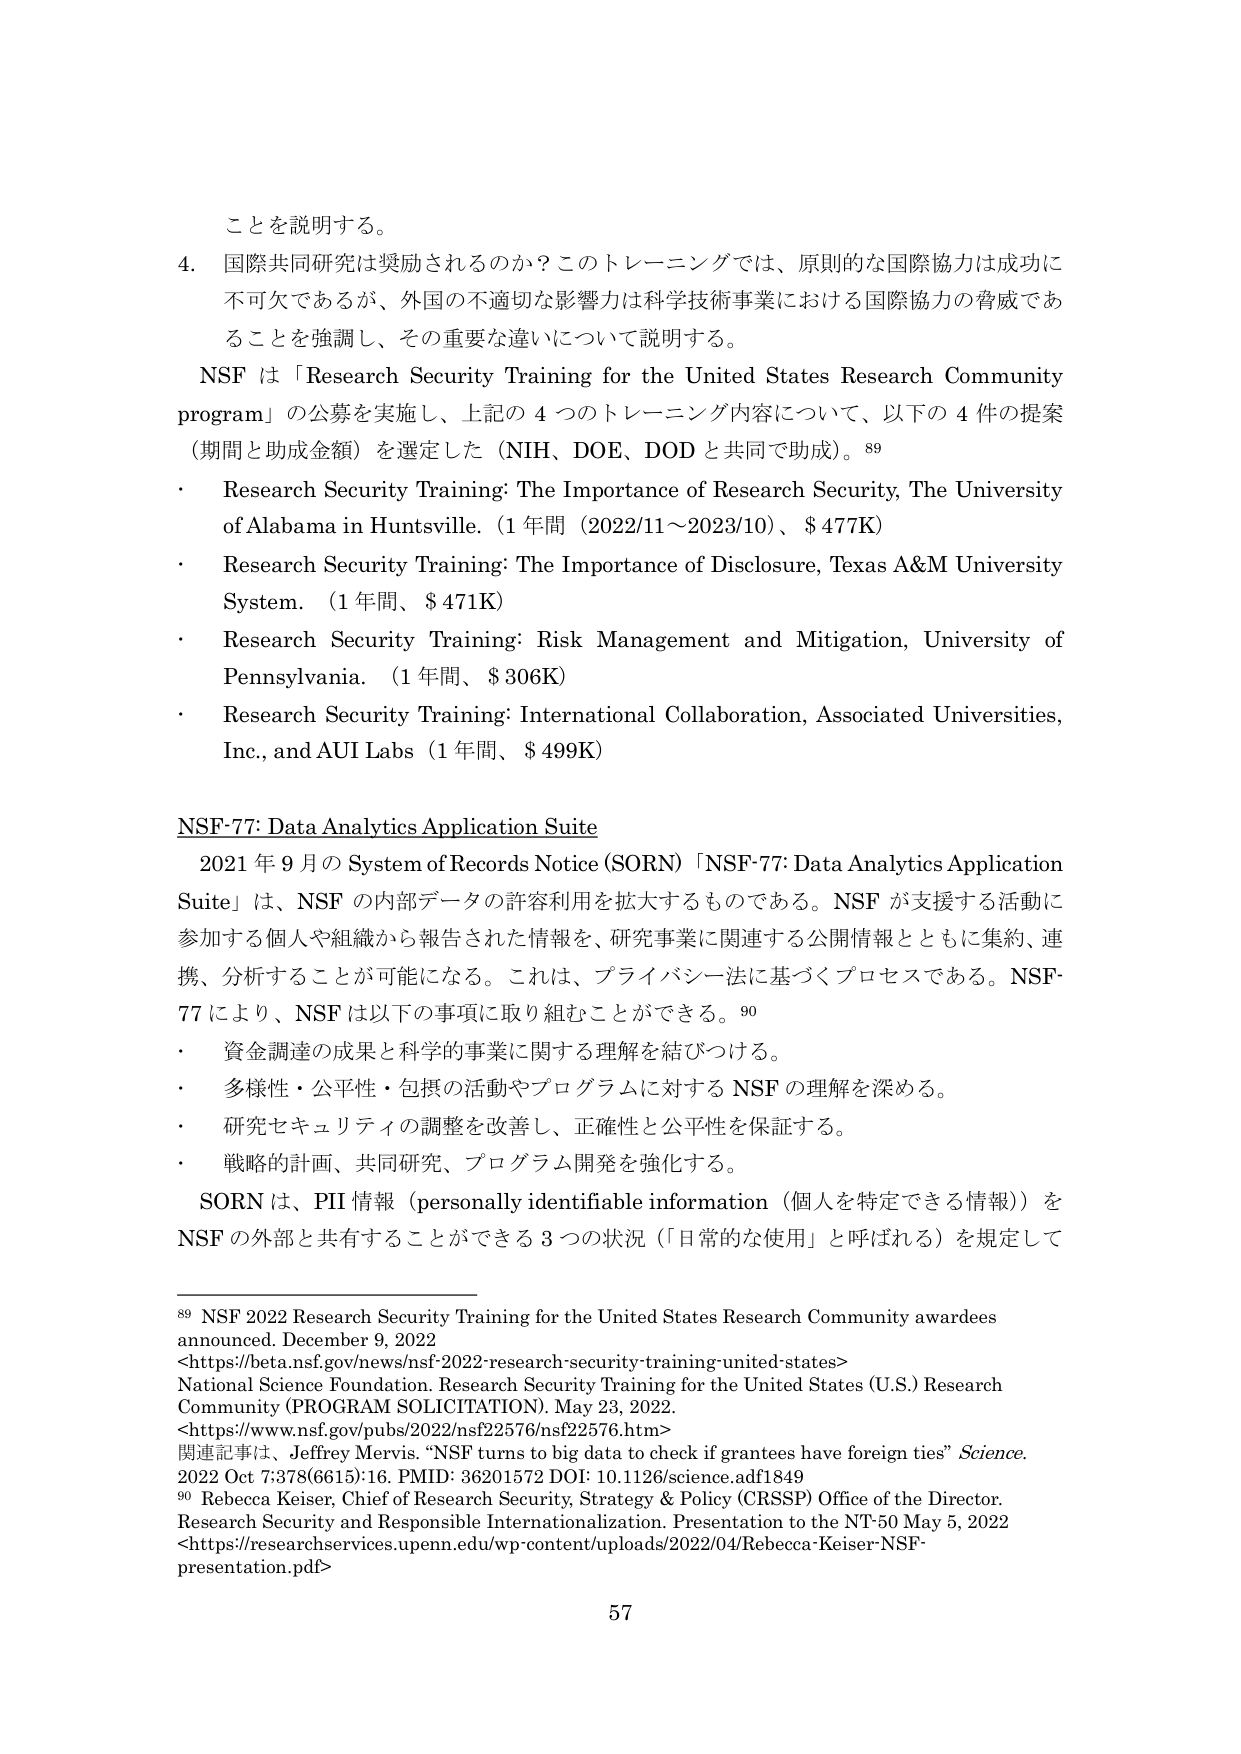
ことを説明する。

4. 国際共同研究は奨励されるのか？このトレーニングでは、原則的な国際協力は成功に不可欠であるが、外国の不適切な影響力は科学技術事業における国際協力の脅威であることを強調し、その重要な違いについて説明する。

NSF は「Research Security Training for the United States Research Community program」の公募を実施し、上記の 4 つのトレーニング内容について、以下の 4 件の提案（期間と助成金額）を選定した（NIH、DOE、DOD と共同で助成）。⁸⁹

・ Research Security Training: The Importance of Research Security, The University of Alabama in Huntsville.（1年間（2022/11～2023/10）、$477K）

・ Research Security Training: The Importance of Disclosure, Texas A&M University System.（1年間、$471K）

・ Research Security Training: Risk Management and Mitigation, University of Pennsylvania.（1年間、$306K）

・ Research Security Training: International Collaboration, Associated Universities, Inc., and AUI Labs（1年間、$499K）

NSF-77: Data Analytics Application Suite

2021 年 9 月の System of Records Notice (SORN)「NSF-77: Data Analytics Application Suite」は、NSF の内部データの許容利用を拡大するものである。NSF が支援する活動に参加する個人や組織から報告された情報を、研究事業に関連する公開情報とともに集約、連携、分析することが可能になる。これは、プライバシー法に基づくプロセスである。NSF-77 により、NSF は以下の事項に取り組むことができる。⁹⁰

・ 資金調達の成果と科学的事業に関する理解を結びつける。

・ 多様性・公平性・包摂的活動やプログラムに対する NSF の理解を深める。

・ 研究セキュリティの調整を改善し、正確性と公平性を保証する。

・ 戦略的計画、共同研究、プログラム開発を強化する。

SORN は、PII 情報（personally identifiable information（個人を特定できる情報））を NSF の外部と共有することができる 3 つの状況（「日常的な使用」と呼ばれる）を規定して

⁸⁹ NSF 2022 Research Security Training for the United States Research Community awardees announced. December 9, 2022
<https://beta.nsf.gov/news/nsf-2022-research-security-training-united-states>
National Science Foundation. Research Security Training for the United States (U.S.) Research Community (PROGRAM SOLICITATION). May 23, 2022.
<https://www.nsf.gov/pubs/2022/nsf22576/nsf22576.htm>
関連記事は、Jeffrey Mervis. “NSF turns to big data to check if grantees have foreign ties” Science. 2022 Oct 7;378(6615):16. PMID: 36201572 DOI: 10.1126/science.adf1849

⁹⁰ Rebecca Keiser, Chief of Research Security, Strategy & Policy (CRSSP) Office of the Director. Research Security and Responsible Internationalization. Presentation to the NT-50 May 5, 2022
<https://researchservices.upenn.edu/wp-content/uploads/2022/04/Rebecca-Keiser-NSF-presentation.pdf>

57